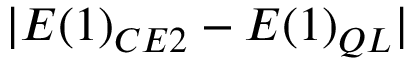
| E ( 1 ) _ { C E 2 } - E ( 1 ) _ { Q L } |